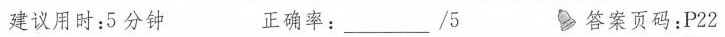
建议用时:5分钟 正确率:___ /5 答案页码:P22